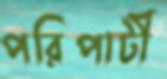
পরিপাটী